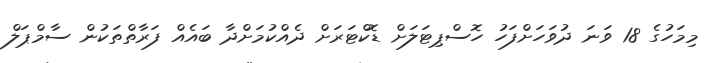
މިމަހުގެ 18 ވަނަ ދުވަހަށްފަހު ހޮސްޕިޓަލަށް ޑޮކްޓަރަށް ދެއްކުމަށްދާ ބައެއް ފަރާތްތަކުން ސާމްޕަލް